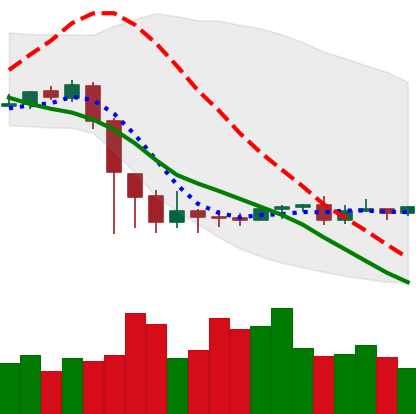
Ticker: ETC-USD
Chart end date: 2020-09-17
Forward return: -5.049%
Label: down_5_7